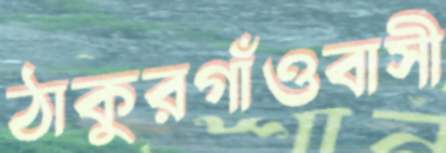
ঠাকুরগাঁওবাসী